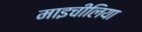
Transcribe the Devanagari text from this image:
माइचीलिया